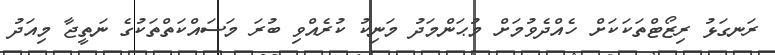
ރަނގަޅު ރިޒޯޓްތަކަކަށް ހެއްދެވުމަށް މުޙަންމަދު މަނިކު ކުރެއްވި ބުރަ މަސައްކަތްތަކުގެ ނަތީޖާ މިއަދު